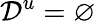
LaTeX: \mathcal{D}^{u}=\varnothing